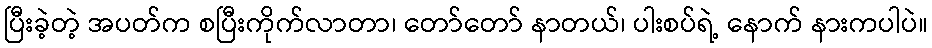
ပြီးခဲ့တဲ့ အပတ်က စပြီးကိုက်လာတာ၊ တော်တော် နာတယ်၊ ပါးစပ်ရဲ့ နောက် နားကပါပဲ။